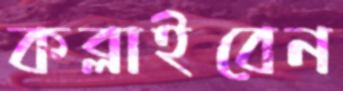
কব্‌লাইবেন